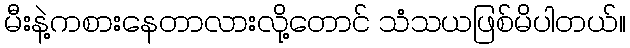
မီးနဲ့ကစားနေတာလားလို့တောင် သံသယဖြစ်မိပါတယ်။